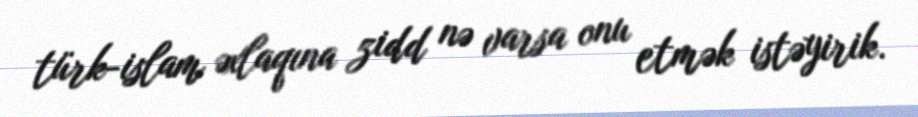
türk-islam əxlaqına zidd nə varsa onu etmək istəyirik.